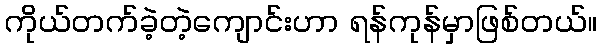
ကိုယ်တက်ခဲ့တဲ့ကျောင်းဟာ ရန်ကုန်မှာဖြစ်တယ်။